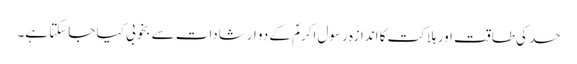
حسد کی طاقت اور ہلاکت کا اندازہ رسول اکرمؐ کے دو ارشادات سے بخوبی کیا جاسکتا ہے۔